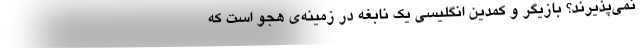
نمی‌پذیرند؟ بازیگر و کمدین انگلیسی یک نابغه در زمینه‌ی هجو است که